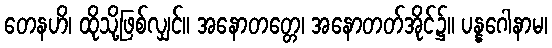
တေနဟိ၊ ထိုသို့ဖြစ်လျှင်။ အနောတတ္တေ၊ အနောတတ်အိုင်၌။ ပန္နဂေါနာမ၊